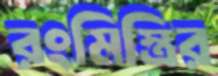
রংমিস্ত্রির